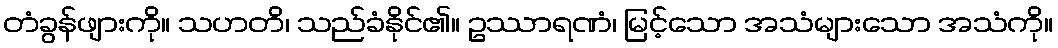
တံခွန်ဖျားကို။ သဟတိ၊ သည်ခံနိုင်၏။ ဥဿာရဏံ၊ မြင့်သော အသံများသော အသံကို။